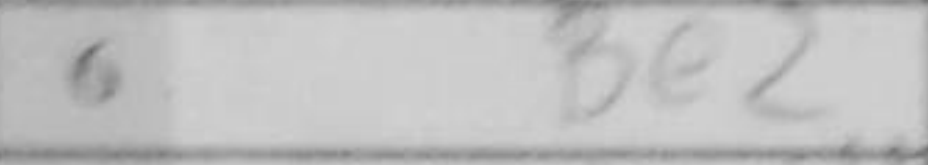
Transcription: Be2